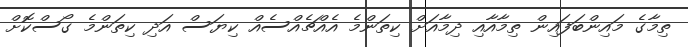
ތިމާގެ މައިންބަފައިން ތިމާއާއި ދިމާއަށް ކިތަންމެ އެެއްޗެއްސެއް ކިޔަސް އަދި ކިތަންމެ ގޯސްކޮށް